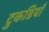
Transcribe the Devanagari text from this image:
टुकडियाँ